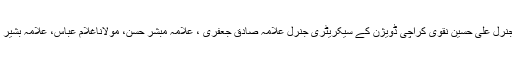
وفد میں مجلس وحدت مسلمین صوبہ سندھ کے سیکریٹری جنرل علامہ باقر عباس زیدی ، ڈپٹی سیکریٹری جنرل علی حسین نقوی کراچی ڈویژن کے سیکریٹری جنرل علامہ صادق جعفری ، علامہ مبشر حسن، مولاناغلام عباس، علامہ بشیر انصاری، مولنا عباس مطہری، مولانا احسان دانش، مولانا غلام عباس کمیلی سمیت دیگر رہنما موجود تھے۔